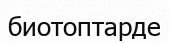
биотоптарде